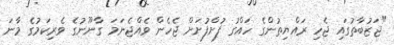
"ޖަޒުބާތުގައި ޖެހި ރައްޔިތުންގެ ހައްގު ފުށްފުށަށް ޖެހެން ވެއްޖެނަމަ ގާނޫނުގެ ވެރިކަމުގެ މާނަ